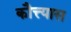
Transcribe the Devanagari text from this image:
कौत्त्यास